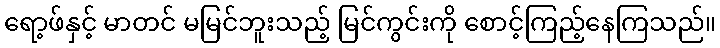
ရော့ဖ်နှင့် မာတင် မမြင်ဘူးသည့် မြင်ကွင်းကို စောင့်ကြည့်နေကြသည်။